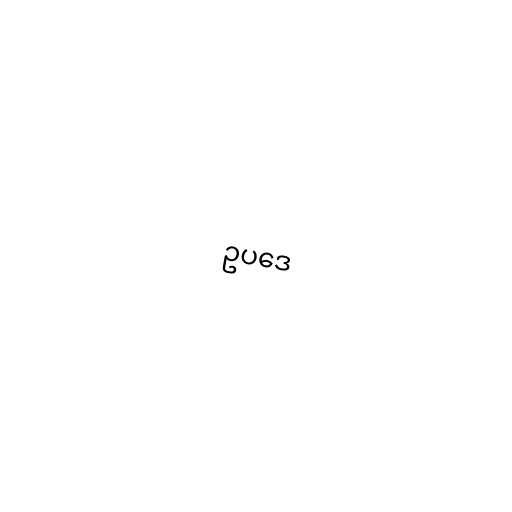
ဥပဒေ